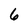
Character: 6